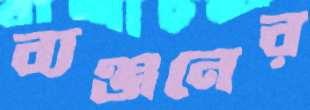
ব্যঞ্জনের